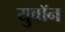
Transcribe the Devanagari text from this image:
युवॉन